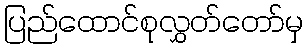
ပြည်ထောင်စုလွှတ်တော်မှ